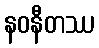
နဝနီတဿ